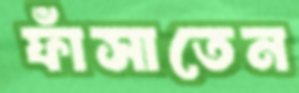
ফাঁসাতেন